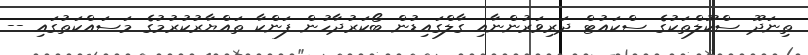
ތިނަދޫ ސްކޫލްތަކުގެ ސްކައުޓް ދަރިވަރުންނާއި ގާލްގައިޑުން ބޯކަރުދާހުން ފަންކާ ތައްޔާރުކުރުމުގެ މަސައްކަތުގައި --